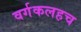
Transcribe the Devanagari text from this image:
वर्गकलहच